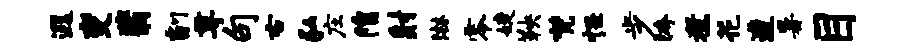
遐变翡副尊句右弘庄隍射淋零婕鞅梵怪步胯煮花遭暑目